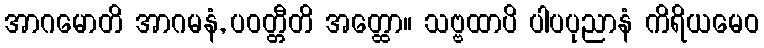
အာဂမောတိ အာဂမနံ, ပဝတ္တီတိ အတ္ထော။ သဗ္ဗထာပိ ပါပပုညာနံ ကိရိယမေဝ